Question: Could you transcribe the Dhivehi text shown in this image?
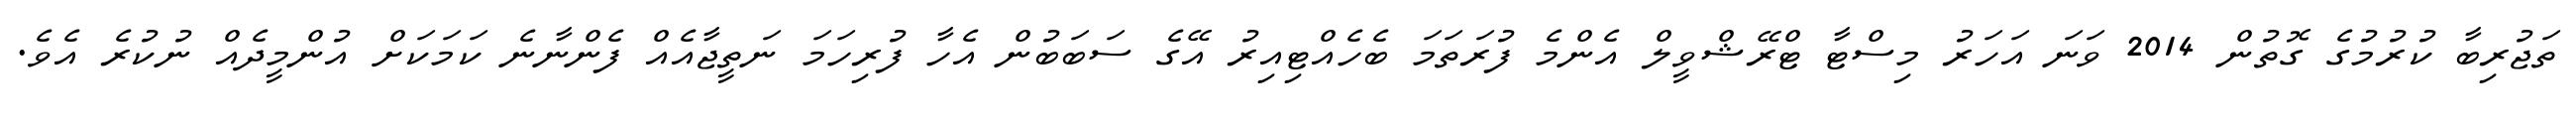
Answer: ތަޖުރިބާ ކުރުމުގެ ގޮތުން 2014 ވަނަ އަހަރު މިސްޓާ ޓްރޭޝްވީލް އެންމެ ފުރަތަމަ ބެހެއްޓިއިރު އޭގެ ސަބަބުން އެހާ ފުރިހަމަ ނަތީޖާއެއް ފެންނާނެ ކަމަކަށް އުންމީދެއް ނުކުރެ އެވެ.